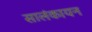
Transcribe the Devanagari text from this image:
सालंकायन